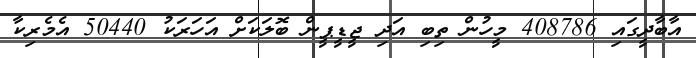
އާބާދީގައި 408786 މީހުން ތިބި އަދި ޖީޑީޕީން ބޮލަކަށް އަހަރަކު 50440 އެމެރިކާ